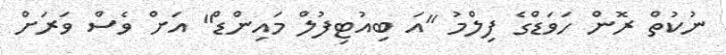
ނުކުތް ރޮން ހަވަޑްގެ ފިލްމު "އަ ބިއުޓިފުލް މައިންޑް" އަށް ވެސް ވަރަށް